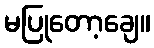
မပြုတော့ချေ။